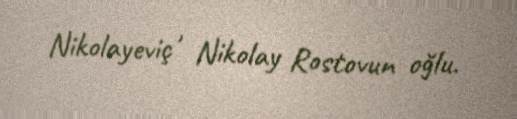
Nikolayeviç , Nikolay Rostovun oğlu.